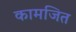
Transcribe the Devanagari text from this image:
कामजित